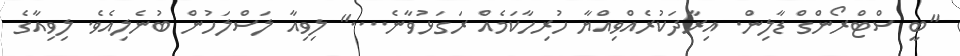
"ބީ ސްޓްރޯންގް ޑާލިން. އިރާދަކުރެއްވިއްޔާ ހުރިހާކަމެއް ރަގަޅުވާނެ...." ލިވިއާ ލަސްލަހުން ބުނެލިއެވެ. ލިވިއާގެ